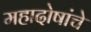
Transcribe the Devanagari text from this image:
महादोषांचे